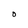
Character: D